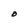
Character: O